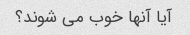
آیا آنها خوب می شوند؟